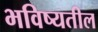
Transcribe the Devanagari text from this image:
भविष्यतील